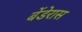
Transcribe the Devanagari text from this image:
बेंडेरास